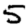
Digit: 5